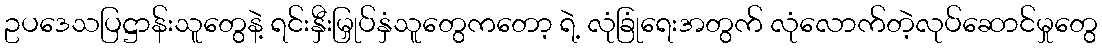
ဥပဒေသပြဋ္ဌာန်းသူတွေနဲ့ ရင်းနှီးမြှုပ်နှံသူတွေကတော့ ရဲ့ လုံခြုံရေးအတွက် လုံလောက်တဲ့လုပ်ဆောင်မှုတွေ